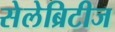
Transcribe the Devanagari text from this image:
सेलेब्रिटीज